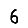
Digit: 6